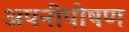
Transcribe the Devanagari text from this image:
अपनीपोषण